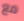
مع